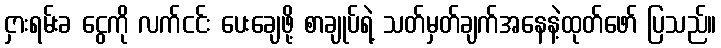
ငှားရမ်းခ ငွေကို လက်ငင်း ပေးချေဖို့ စာချုပ်ရဲ့ သတ်မှတ်ချက်အနေနဲ့ထုတ်ဖော် ပြသည်။